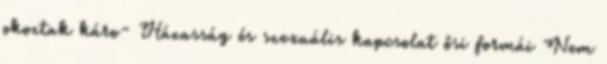
okoztak káro- Házasság és szexuális kapcsolat ősi formái Nem